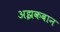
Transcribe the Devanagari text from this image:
अझकबान